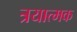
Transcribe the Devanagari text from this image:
त्रयात्मक